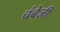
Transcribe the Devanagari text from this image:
चंबेज़ी